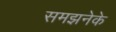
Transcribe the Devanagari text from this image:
समझनेके